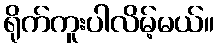
ရိုက်ကူးပါလိမ့်မယ်။